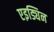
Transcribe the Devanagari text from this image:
एइड्यिन